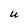
Character: U